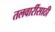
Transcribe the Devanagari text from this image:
तलवारींसाठी